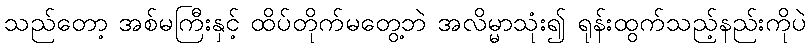
သည်တော့ အစ်မကြီးနှင့် ထိပ်တိုက်မတွေ့ဘဲ အလိမ္မာသုံး၍ ရုန်းထွက်သည့်နည်းကိုပဲ